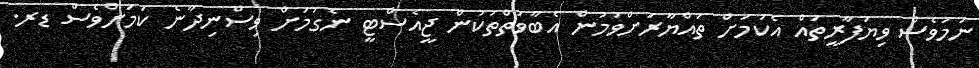
ނަމަވެސް ވިޔަފާރީތައް އެކަމަށް ތައްޔާރަށްވުމުން އެބާވަތްތަކުން ޖީއެސްޓީ ނެގުމަށް ވިސްނިދާނެ ކަމަށްވެސް ޑރ.